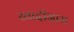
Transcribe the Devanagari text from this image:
खादीग्राम